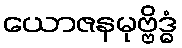
ယောဇနမုဗ္ဗိဒ္ဓံ